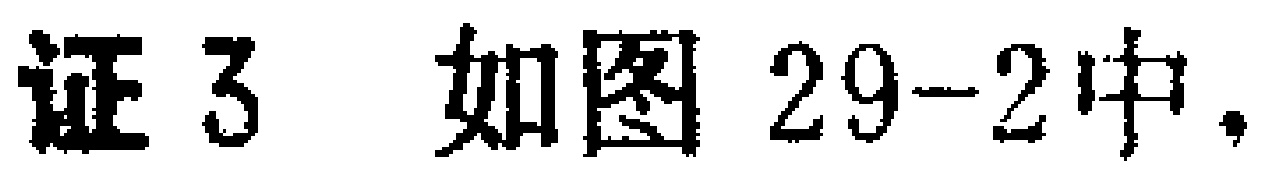
证3 如图29-2中.